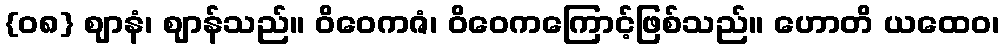
{၀၈} ဈာနံ၊ ဈာန်သည်။ ဝိဝေကဇံ၊ ဝိဝေကကြောင့်ဖြစ်သည်။ ဟောတိ ယထေဝ၊